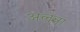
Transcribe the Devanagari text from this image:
अलन्ना